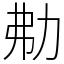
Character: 㔗